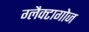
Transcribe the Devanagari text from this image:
ग्लैक्टागोज